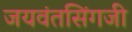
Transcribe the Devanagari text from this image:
जयवंतसिंगजी